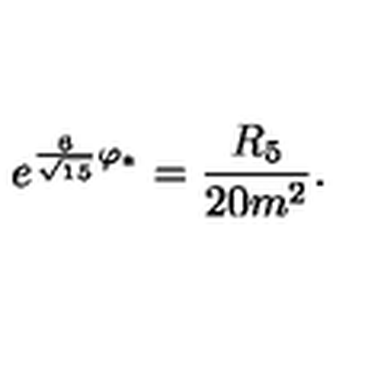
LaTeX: e ^ { { \frac { 6 } { \sqrt { 1 5 } } } \varphi _ { * } } = { \frac { R _ { 5 } } { 2 0 m ^ { 2 } } } .